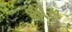
શોસ